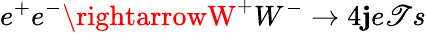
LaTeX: e^{+}e^{-}\rightarrowW^{+}W^{-}\rightarrow4\mathbf{j}e\mathscr{T}s